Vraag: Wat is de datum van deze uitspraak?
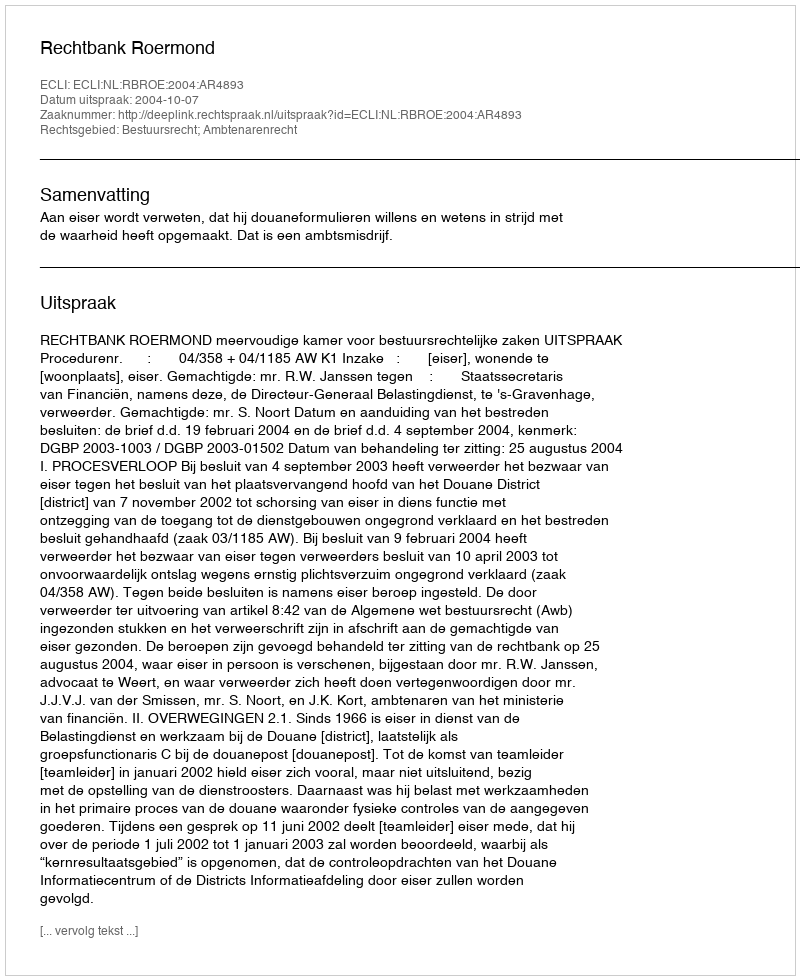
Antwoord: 2004-10-07